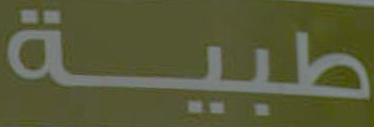
طبية